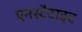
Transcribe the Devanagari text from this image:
एनस्टैटाइट